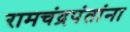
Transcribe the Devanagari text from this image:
रामचंद्रपंतांना